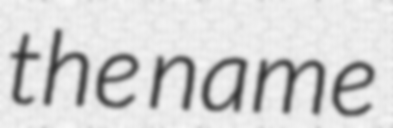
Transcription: the name